Plague in India, 1896, 1897 - Volume 3
Year: 1896
Disease focus: Plague
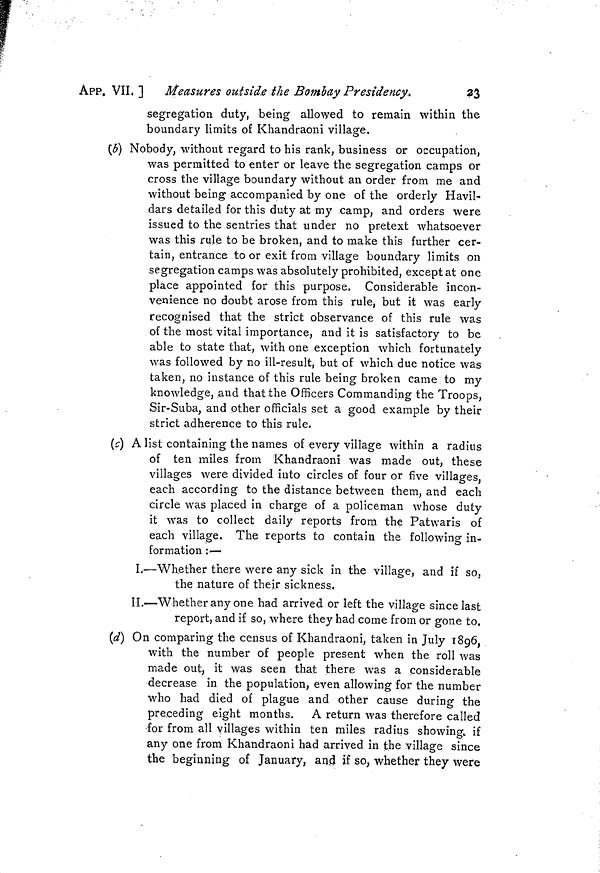
APP. VII, ]
Measures outside the Bombay Presidency.
23
segregation duty, being allowed to remain within the
boundary limits of Khandraoni village.
(b) Nobody, without regard to his rank, business or occupation,
was permitted to enter or leave the segregation camps or
cross the village boundary without an order from me and
without being accompanied by one of the orderly Havil-
dars detailed for this duty at my camp, and orders were
issued to the sentries that under no pretext whatsoever
was this rule to be broken, and to make this further cer-
tain, entrance to or exit from village boundary limits on
segregation camps was absolutely prohibited, exceptât one
place appointed for this purpose. Considerable incon-
venience no doubt arose from this rule, but it was early
recognised that the strict observance of this rule was
of the most vital importance, and it is satisfactory to be
able to state that, with one exception which fortunately
was followed by no ill-result, but of which due notice was
taken, no instance of this rule being broken came to my
knowledge, and that the Officers Commanding the Troops,
Sir-Suba, and other officials set a good example by their
strict adherence to this rule.
(c) A list containing the names of every village within a radius
of ten miles from Khandraoni was made out, these
villages were divided into circles of four or five villages,
each according to the distance between them, and each
circle was placed in charge of a policeman whose duty
it was to collect daily reports from the Patwaris of
each village. The reports to contain the following in-
formation :—
I.—Whether there were any sick in the village, and if so,
the nature of their sickness.
II.—Whether any one had arrived or left the village since last
report, and if so, where they had come from or gone to.
(d) On comparing the census of Khandraoni, taken in July 1896,
with the number of people present when the roll was
made out, it was seen that there was a considerable
decrease in the population, even allowing for the number
who had died of plague and other cause during the
preceding eight months. A return was therefore called
for from all villages within ten miles radius showing, if
any one from Khandraoni had arrived in the village since
the beginning of January, and if so, whether they were